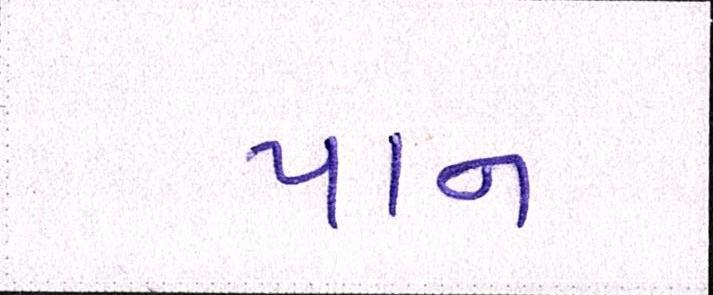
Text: પાન